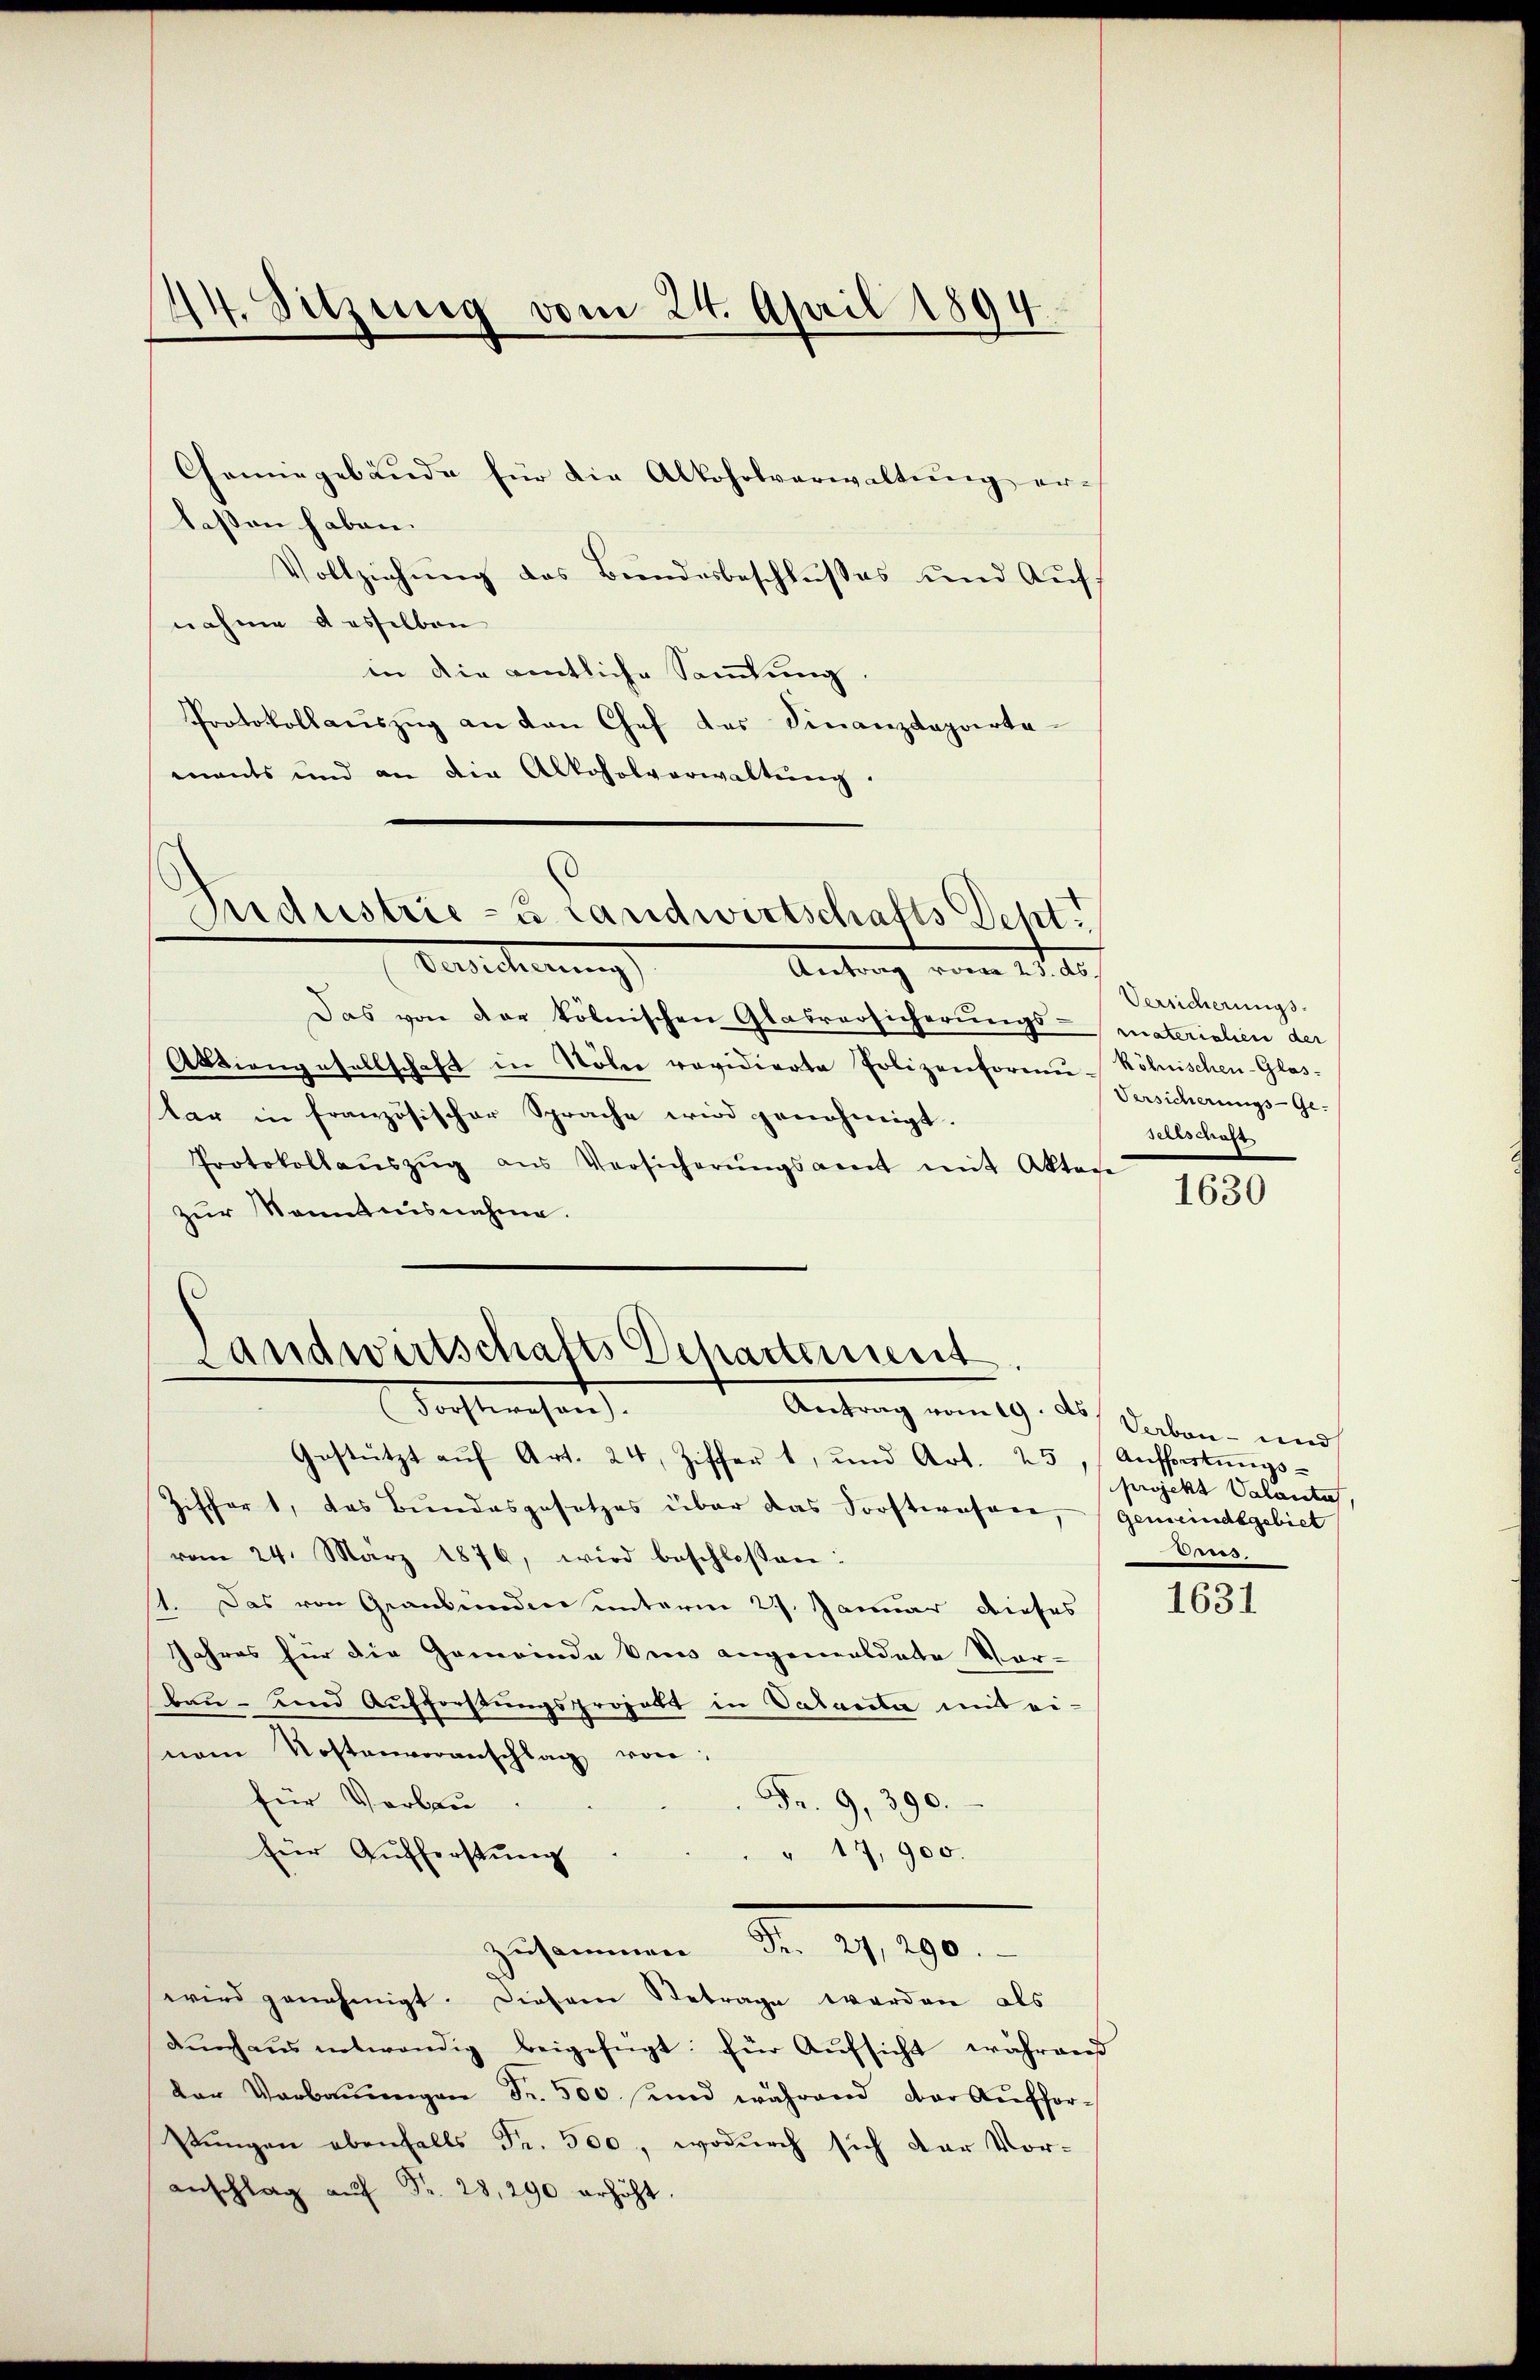
4. Sitzung vom 24. April 1894.

Chemiegebäude für die Alkoholverwaltung er-
laßen haben.
Vollziehung des Bundesbeschlusses und Aufnahme desselben
in die entliche Sammlung
Protokollaŭszŭg an den Chef des Finanzdeparta
ments und an die Alkoholverwaltŭng.

Industrie- u Landwirtschafts Deht.
Versicherung
Antrag vom 21. e

Das von der kölnischen Glasversicherungsmaterialien der
Aktiengesellschaft in Nöber revidierte Polizenformŭ-
tar in französischer Sprache wird genehmigt.
Protokollaŭszŭg aŭs Versicherŭngsamt mit Aktage
zur Kenntnisnahme.
Gestützt aŭf Art. 24, Ziffer 1, und Art. 25, Aufforstungs-
Ziffert, das Bundesgesetzes über das Sorftwesen, (gemeindsgebiet
vom 24. März 1876, wird beschlossen:
st. Das von Graubünden unterm 27. Januar dieses
Jahres für die Gemeinde kein angemeldete Vor-
bau- und Aufforstungsprojekt in Salariti mit einem Kostenvoranschlag von
für Vorlau
Fr. 9, 390.
für Aufferstung
" 17, 900.
Zusammen Fr. 27, 290.
wird genehmigt. Diesem Betrage werden als
Durchaus entwendig beigefügt: für Aufsicht während
der Verbauungen Fr. 500 und während der Auffor¬
Zŭngen ebenfalls Fr. 500, wodurch sich der Vor-
Anschlag auf Fr. 28, 290 erhöht.

Landwirtschafts Departenwert
dachtswesen.
Antrag vom 19. ds.

Versicherungs-
kölnischen Glas¬
Versicherungs-Ge-
Sersschaft

1630

Verben - und
projekt Valanta
e

1631